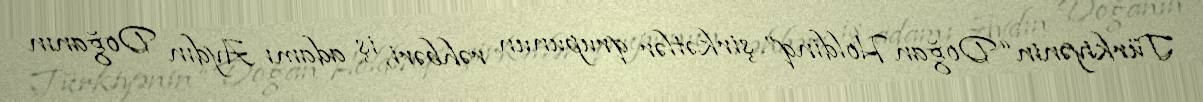
Türkiyənin “Doğan Holdinq” şirkətlər qrupunun rəhbəri, iş adamı Aydın Doğanın